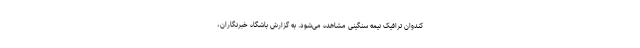
کندوان ترافیک نیمه سنگینی مشاهده می‌شود. به گزارش باشگاه خبرنگاران،